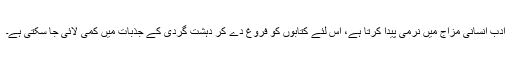
ادب انسانی مزاج میں نرمی پیدا کرتا ہے، اس لئے کتابوں کو فروغ دے کر دہشت گردی کے جذبات میں کمی لائی جا سکتی ہے۔